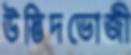
উদ্ভিদভোজী